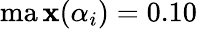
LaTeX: \operatorname*{ma\mathbf{x}}(\alpha_{i})=0.10